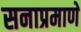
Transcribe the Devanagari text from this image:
सनाप्रमाणे